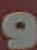
و